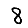
Digit: 8